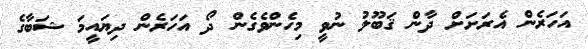
އަހަރެން އެރަށަށް ދާން ޤަބޫލު ނުވީ މިހެންވެގެން ދޯ އަހަރެން ދިޔައީމަ ޝަބާގެ